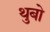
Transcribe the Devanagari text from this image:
थुबो